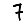
Digit: 7